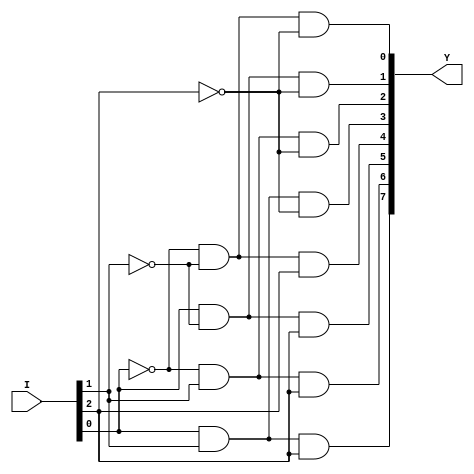
module dec38d (Y,I);
output [7:0]Y;
input  [2:0]I;
assign Y[0] = (~I[0] & ~I[1] & ~I[2]);
assign Y[1] = ( I[0] & ~I[1] & ~I[2]);
assign Y[2] = (~I[0] &  I[1] & ~I[2]);
assign Y[3] = ( I[0] &  I[1] & ~I[2]);
assign Y[4] = (~I[0] & ~I[1] &  I[2]);
assign Y[5] = ( I[0] & ~I[1] &  I[2]);
assign Y[6] = (~I[0] &  I[1] &  I[2]);
assign Y[7] = ( I[0] &  I[1] &  I[2]);
endmodule